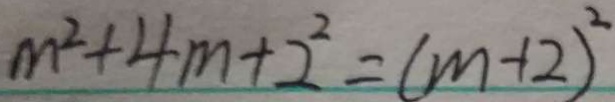
m ^ { 2 } + 4 m + 2 ^ { 2 } = ( m + 2 ) ^ { 2 }